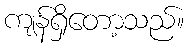
ကျန်ရှိတော့သည်။